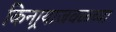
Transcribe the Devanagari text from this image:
किनार्‍याजवळच्या